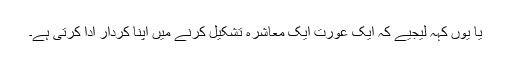
یا یوں کہہ لیجیے کہ ایک عورت ایک معاشرہ تشکیل کرنے میں اپنا کردار ادا کرتی ہے۔